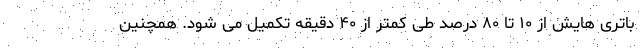
باتری هایش از ۱۰ تا ۸۰ درصد طی کمتر از ۴۰ دقیقه تکمیل می شود. همچنین